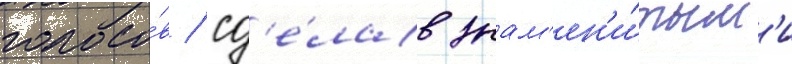
голосо́в / сд'е́лав знам'ен'и́тым'и